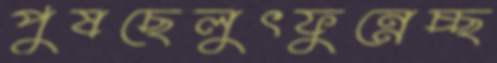
পুষছেলুৎফুন্নেচ্ছ